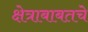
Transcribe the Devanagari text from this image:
क्षेत्राबाबतचे